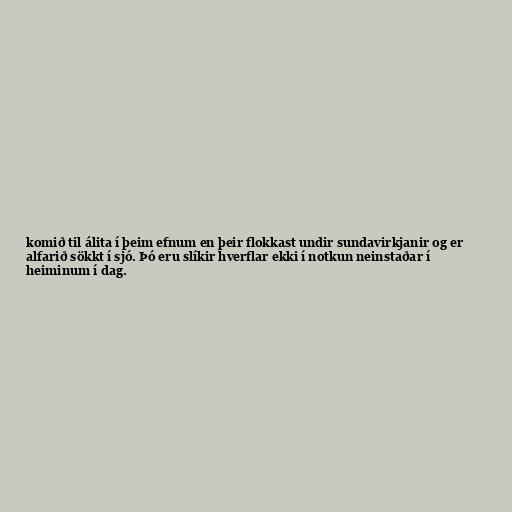
komið til álita í þeim efnum en þeir flokkast undir sundavirkjanir og er
alfarið sökkt í sjó. Þó eru slíkir hverflar ekki í notkun neinstaðar í
heiminum í dag.